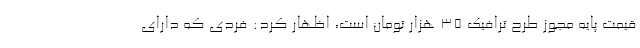
قیمت پایه مجوز طرح ترافیک ۳۵ هزار تومان است، اظهار کرد: فردی که دارای